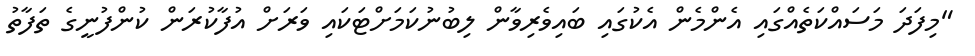
"މިފަދަ މަސައްކަތެއްގައި އެންމެން އެކުގައި ބައިވެރިވާން ލިބުނުކަމަށްޓަކައި ވަރަށް އުފާކުރަން ކުންފުނީގެ ތަފާތު